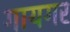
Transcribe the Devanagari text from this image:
गायगर